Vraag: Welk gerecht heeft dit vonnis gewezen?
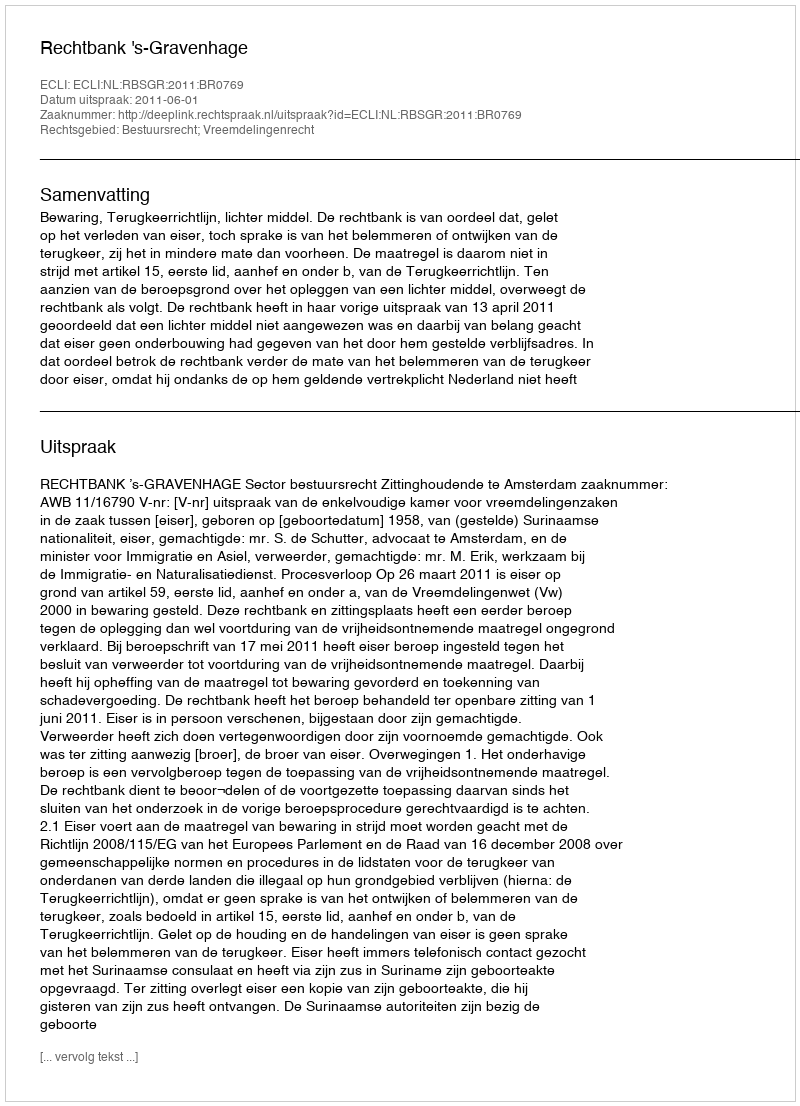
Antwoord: Rechtbank 's-Gravenhage